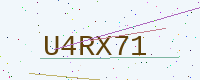
Text: U4RX71